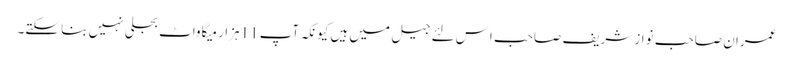
عمران صاحب نواز شریف صاحب اِس لئے جیل میں ہیں کیونکہ آپ 11ہزار میگاواٹ بجلی نہیں بنا سکتے۔